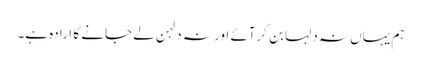
ہم یہاں نہ دلہا بن کرآئے اور نہ دلہن لے جانے کا ارادہ ہے۔